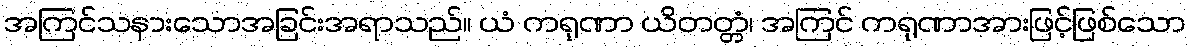
အကြင်သနားသောအခြင်းအရာသည်။ ယံ ကရုဏာ ယိတတ္တံ၊ အကြင် ကရုဏာအားဖြင့်ဖြစ်သော